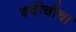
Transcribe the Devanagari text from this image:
क्वीचौचा